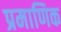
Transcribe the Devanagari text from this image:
प्रमाणिक